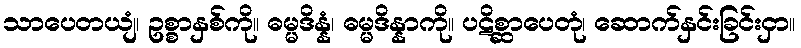
သာပေတယျံ၊ ဥစ္စာနှစ်ကို။ ဓမ္မဒိန္နံ၊ ဓမ္မဒိန္နာကို။ ပဋိစ္ဆာပေတုံ၊ ဆောက်နှင်းခြင်းငှာ။